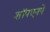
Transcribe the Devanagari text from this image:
शॉपएनपे